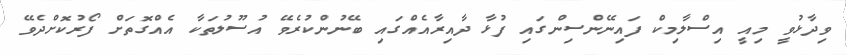
ވިދާޅުވީ މިއީ އިސްލާމިކް ފައިނޭންސިންގައި ފުޅާ ދާއިރާއެއްގައި ބޭނުންކުރެވޭ އުސޫލުތަކާ އެއްގޮތަށް ފޯރުކޮށްދެވޭ